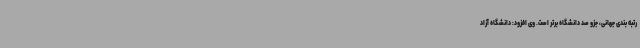
رتبه بندی جهانی، جزو صد دانشگاه برتر است. وی افزود: دانشگاه آزاد